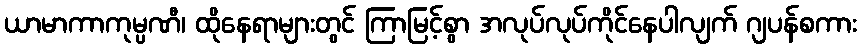
ယာမာကာကုမ္ပဏီ၊ ထိုနေရာများတွင် ကြာမြင့်စွာ အလုပ်လုပ်ကိုင်နေပါလျက် ဂျပန်စကား